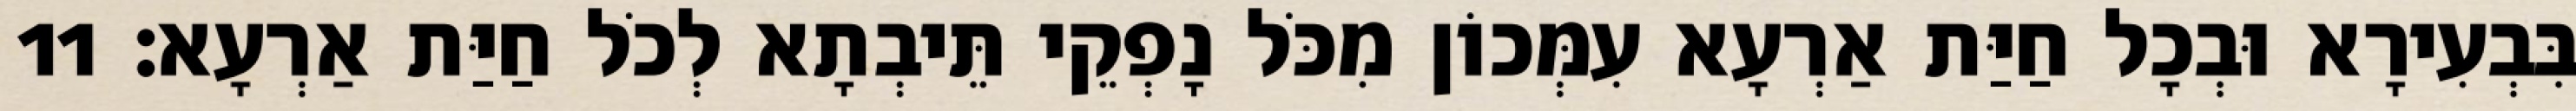
בִּבְעִירָא וּבְכָל חַיַּת אַרְעָא עִמְּכוֹן מִכֹּל נָפְקֵי תֵּיבְתָא לְכֹל חַיַּת אַרְעָא׃ 11